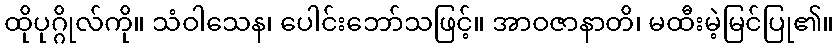
ထိုပုဂ္ဂိုလ်ကို။ သံဝါသေန၊ ပေါင်းဘော်သဖြင့်။ အာဝဇာနာတိ၊ မထီးမဲ့မြင်ပြု၏။